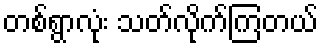
တစ်ရွာလုံး သတ်လိုက်ကြတယ်